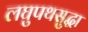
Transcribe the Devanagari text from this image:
लघुपथसुद्धा